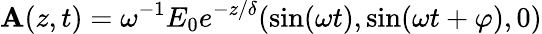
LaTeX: {\mathbf A}(z,t)=\omega^{-1}E_{0}e^{-z/\delta}(\sin(\omega t),\sin(\omega t+\varphi),0)